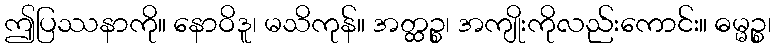
ဤပြဿနာကို။ နောဝိဒူ၊ မသိကုန်။ အတ္ထဉ္စ၊ အကျိုးကိုလည်းကောင်း။ ဓမ္မဉ္စ၊